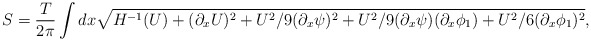
\begin{align*}S = \frac {T}{2 \pi} \int dx \sqrt{H^{-1}(U) + (\partial_x U)^2 + {U^2}/{9} (\partial_x \psi)^2 + {U^2}/{9} (\partial_x \psi) (\partial_x \phi_1) +{U^2}/{6} (\partial_x \phi_1)^2},\end{align*}